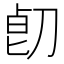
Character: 𱐞